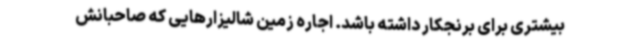
بیشتری برای برنجکار داشته باشد. اجاره زمین شالیزارهایی که صاحبانش